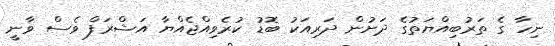
ނިހާ ގެ ތަރުބިއްޔަތުގެ ދަށުން ދަރިއަކު ބޮޑު ކުރެވިއްޖެއްޔާ އަޝްރަފް ވެސް ވާނީ